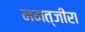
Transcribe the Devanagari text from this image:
नमत्जीरा